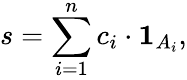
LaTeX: s=\sum_{i=1}^{n}c_{i}\cdot{\mathbf{1}}_{A_{i}},